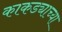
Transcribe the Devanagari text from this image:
काकड्याच्या